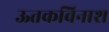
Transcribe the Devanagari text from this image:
ऊतकविनाश